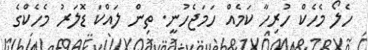
ހެލޯ މެހެކް ހުރިހާ ކަމެއް ހަމަޖެހުނީ. ތިން ލައްކަ ޑޮލަރު މެހެކްގެ